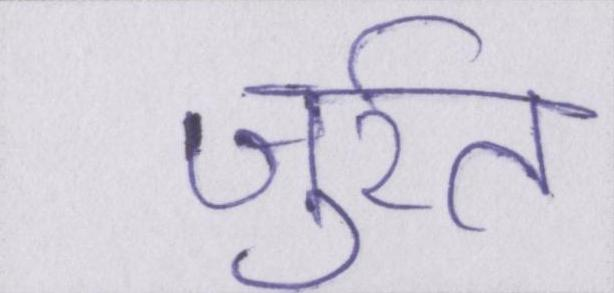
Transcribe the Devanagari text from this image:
जुर्रत